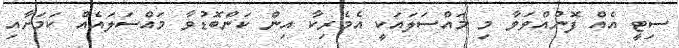
ސިޓީ އެއް ފޮނުއްވަވާ މި މައްސަލައަކީ އެމެރިކާ އިން ކަންބޮޑުވާ މައްސަލައެއް ކަމަށާއި